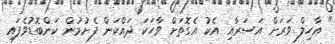
" އާހިލް ވަރަށް އަސަރާއި އެކު އެގޮތަށް ވާހަކަ ދައްކަން ފެށުމުން ކަންބޮޑުވެފައި